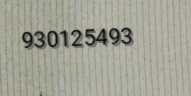
930125493